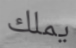
يملك